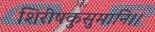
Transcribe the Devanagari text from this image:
शिरीषकुसुमानि।।